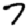
Digit: 7